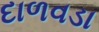
દાળવડા